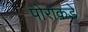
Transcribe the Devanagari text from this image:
पोराकडे